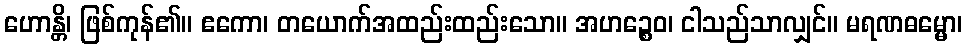
ဟောန္တိ၊ ဖြစ်ကုန်၏။ ဧကော၊ တယောက်အထည်းထည်းသော။ အဟဉ္စေဝ၊ ငါသည်သာလျှင်။ မရဏဓမ္မော၊